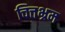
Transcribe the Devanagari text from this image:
चित्तभ्रम